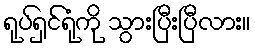
ရုပ်ရှင်ရုံကို သွားပြီးပြီလား။